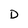
Character: D